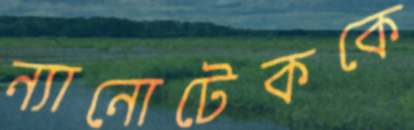
ন্যানোটেককে